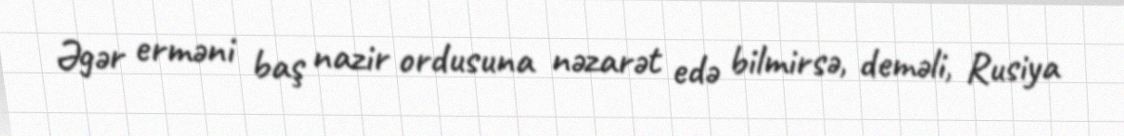
Əgər erməni baş nazir ordusuna nəzarət edə bilmirsə, deməli, Rusiya